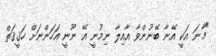
"މާނަ އަކީ އޭނާ ބޭނުންވާ އާއިލާ ނިމުނީ އޭ ނޫނީ އަހަންނަށް ހަޤީޤަތް